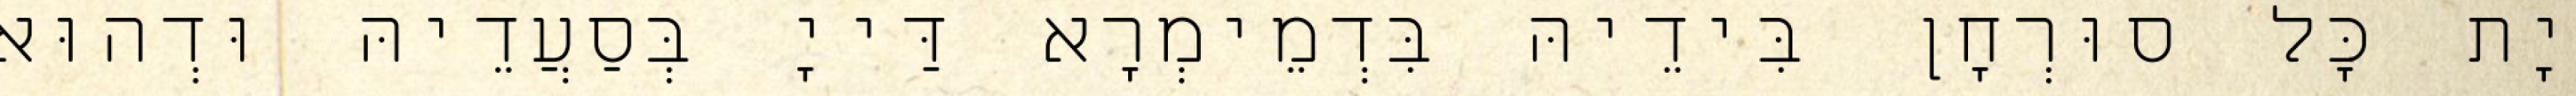
יָת כָּל סוּרְחָן בִּידֵיהּ בִּדְמֵימְרָא דַּייָ בְּסַעֲדֵיהּ וּדְהוּא